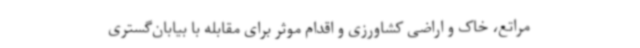
مراتع، خاک و اراضی کشاورزی و اقدام موثر برای مقابله با بیابان‌گستری